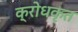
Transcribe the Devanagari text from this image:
क्रोधकृत